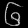
Digit: ၆